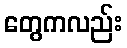
တွေကလည်း